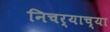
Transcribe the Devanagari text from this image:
निचर्‍याच्या